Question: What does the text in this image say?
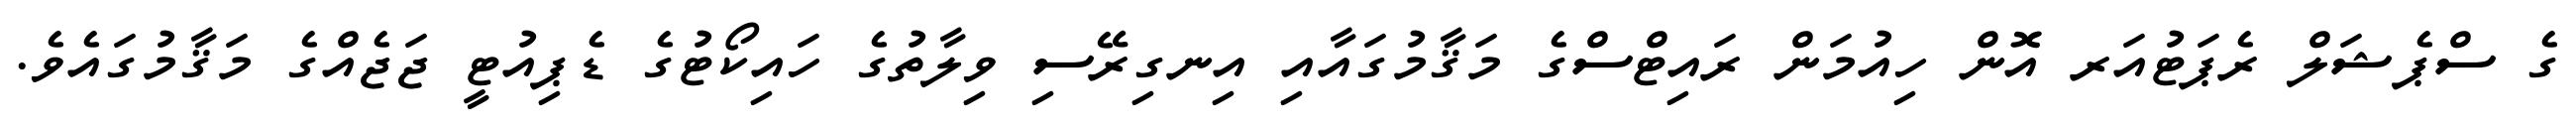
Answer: ގެ ސްޕެޝަލް ރެޕަޓުއަރ އޮން ހިއުމަން ރައިޓްސްގެ މަޤާމުގައާއި އިނގިރޭސި ވިލާތުގެ ހައިކޯޓުގެ ޑެޕިއުޓީ ޖަޖެއްގެ މަޤާމުގައެވެ.